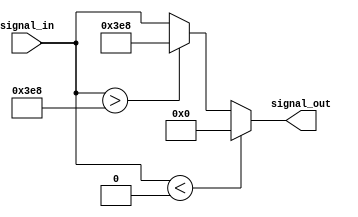
module signal_limiter(input signed [31:0] signal_in,
                      output reg signed [31:0] signal_out
                     );

always @(*) begin
    if (signal_in < 0)
        signal_out = 0;
    else if (signal_in > 1000)
        signal_out = 1000;
    else
        signal_out = signal_in;
end

endmodule